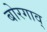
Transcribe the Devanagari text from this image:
बोरगाव्